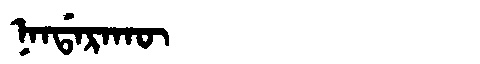
Manchu: ᠨᠠᠨᡩᠠᡵᠠᡴᡡ
Romanization: NANDARAKŪ